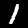
Label: 1